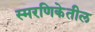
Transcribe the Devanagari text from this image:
स्मरणिकेतील